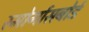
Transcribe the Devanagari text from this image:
स्मोर्गासबोर्ड